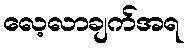
လေ့လာချက်အရ